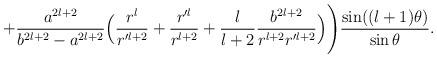
LaTeX: \begin{align*}+\frac{a^{2l+2}}{b^{2l+2}-a^{2l+2}}\Big(\frac{r^l}{r'^{l+2}}+\frac{r'^l}{r^{l+2}}+\frac{l}{l+2}\frac{b^{2l+2}}{r^{l+2}r'^{l+2}}\Big)\Bigg)\frac{\sin((l+1)\theta)}{\sin\theta}.\end{align*}